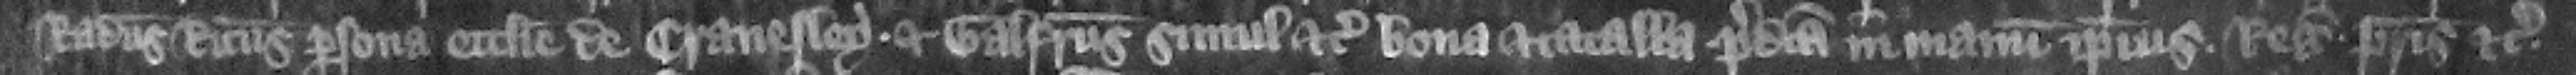
Radulfus Ricardus persona ecclesie de Cranesley et Galfridus simul etc. bona et catalla predicta in manum ipsius regis patris etc.